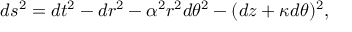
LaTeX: d s ^ { 2 } = d t ^ { 2 } - d r ^ { 2 } - \alpha ^ { 2 } r ^ { 2 } d \theta ^ { 2 } - ( d z + \kappa d \theta ) ^ { 2 } ,